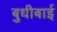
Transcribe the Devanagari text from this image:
बुधीबाई